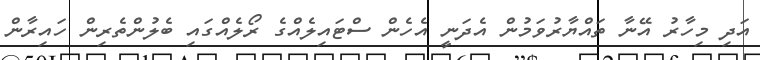
އަދި މިހާރު އޭނާ ތައްޔާރުވަމުން އެދަނީ އެހެން ސްޓައިލެއްގެ ރޯލެއްގައި ބެލުންތެރިން ހައިރާން